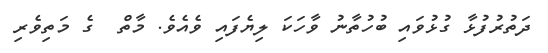
ދަތުރުފުޅާ ގުޅުވައި ބުހުތާނު ވާހަކަ ލިޔެފައި ވެއެވެ. މާތް  ގެ މަތިވެރި